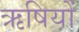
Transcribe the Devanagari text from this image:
ऋषियों